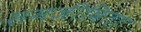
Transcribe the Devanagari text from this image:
समजीविता